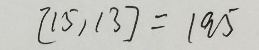
[ 1 5 , 1 3 ] = 1 9 5